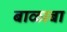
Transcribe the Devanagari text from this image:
बाळाबा